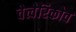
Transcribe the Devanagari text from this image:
चेत्वेरिकोव